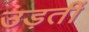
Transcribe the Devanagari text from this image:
उड़तीं